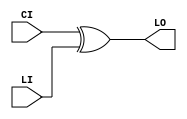
// $Header: /devl/xcs/repo/env/Databases/CAEInterfaces/verunilibs/s/XORCY_L.v,v 1.8.22.1 2003/11/18 20:41:40 wloo Exp $

/*

FUNCTION	: XOR for carry logic

*/

`timescale  100 ps / 10 ps


module XORCY_L (LO, CI, LI);

    output LO;

    input  CI, LI;

	xor X1 (LO, CI, LI);

    specify
	  (CI *> LO) = (0, 0);
	  (LI *> LO) = (0, 0);
    endspecify

endmodule